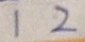
1 2